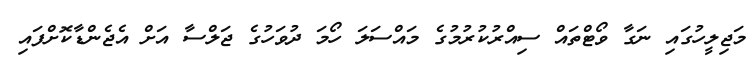
މަޖިލީހުގައި ނަގާ ވޯޓްތައް ސިއްރުކުރުމުގެ މައްސަލަ ހޯމަ ދުވަހުގެ ޖަލްސާ އަށް އެޖެންޑާކޮށްފައި